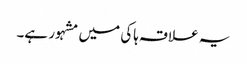
یہ علاقہ ہاکی میں مشہور ہے۔